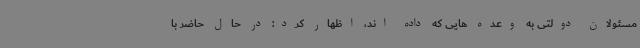
مسئولان دولتی به وعده هایی که داده اند، اظهار کرد: در حال حاضر با